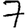
Digit: 7